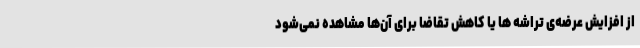
از افزایش عرضه‌ی تراشه ها یا کاهش تقاضا برای آن‌ها مشاهده نمی‌شود